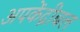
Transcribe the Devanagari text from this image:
अपकेंद्रीबल